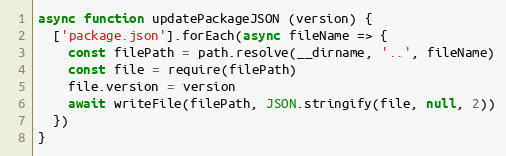
Language: JavaScript
async function updatePackageJSON (version) {
  ['package.json'].forEach(async fileName => {
    const filePath = path.resolve(__dirname, '..', fileName)
    const file = require(filePath)
    file.version = version
    await writeFile(filePath, JSON.stringify(file, null, 2))
  })
}